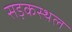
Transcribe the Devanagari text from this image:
सड़कस्थल